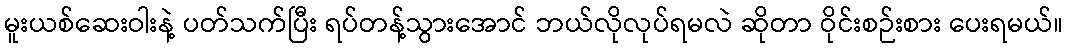
မူးယစ်ဆေးဝါးနဲ့ ပတ်သက်ပြီး ရပ်တန့်သွားအောင် ဘယ်လိုလုပ်ရမလဲ ဆိုတာ ဝိုင်းစဉ်းစား ပေးရမယ်။